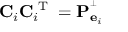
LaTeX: \mathbf { C } _ { i } \mathbf { C } _ { i } ^ { \textrm { T } } = \mathbf { P } _ { \mathbf { e } _ { i } } ^ { ^ { \perp } }